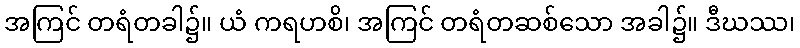
အကြင် တရံတခါ၌။ ယံ ကရဟစိ၊ အကြင် တရံတဆစ်သော အခါ၌။ ဒီဃဿ၊